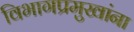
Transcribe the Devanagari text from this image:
विभागप्रमुखांना